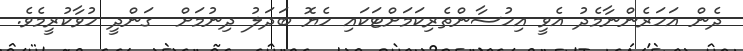
ދެން އަހަރެންނާމެދު އެވީ އިހުސާންތެރިކަމަށްޓަކައި ހެޔޮ ބަދަލު ދިނުމަށް  ގަންދީ ހުވާކުރީމެވެ.